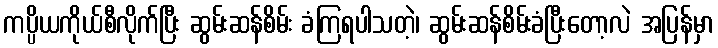
ကပ္ပိယကိုယ်စီလိုက်ပြီး ဆွမ်းဆန်စိမ်း ခံကြရပါသတဲ့၊ ဆွမ်းဆန်စိမ်းခံပြီးတော့လဲ အပြန်မှာ